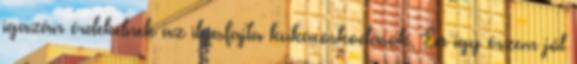
igazán érdekelnek az ilyesfajta kukacoskodások. Én így érzem jól